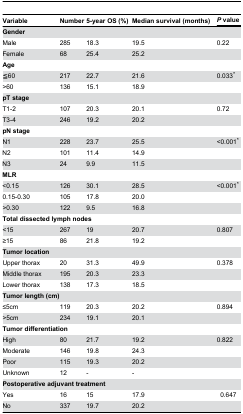
<table><thead><tr><td><b>Variable</b></td><td><b>Number</b></td><td><b>5-year OS (%)</b></td><td><b>Median survival (months)</b></td><td colspan="2"><b><i>P</i> value</b></td></tr></thead><tbody><tr><td><b>Gender</b></td><td></td><td></td><td></td><td colspan="2"></td></tr><tr><td>Male</td><td>285</td><td>18.3</td><td>19.5</td><td colspan="2">0.22</td></tr><tr><td>Female</td><td>68</td><td>25.4</td><td>25.2</td><td colspan="2"></td></tr><tr><td><b>Age</b></td><td></td><td></td><td></td><td colspan="2"></td></tr><tr><td>≦60</td><td>217</td><td>22.7</td><td>21.6</td><td colspan="2">0.033*</td></tr><tr><td>&gt;60</td><td>136</td><td>15.1</td><td>18.9</td><td colspan="2"></td></tr><tr><td><b>pT stage</b></td><td></td><td></td><td></td><td colspan="2"></td></tr><tr><td>T1-2</td><td>107</td><td>20.3</td><td>20.1</td><td colspan="2">0.72</td></tr><tr><td>T3-4</td><td>246</td><td>19.2</td><td>20.2</td><td colspan="2"></td></tr><tr><td><b>pN stage</b></td><td></td><td></td><td></td><td colspan="2"></td></tr><tr><td>N1</td><td>228</td><td>23.7</td><td>25.5</td><td colspan="2">&lt;0.001*</td></tr><tr><td>N2</td><td>101</td><td>11.4</td><td>14.9</td><td colspan="2"></td></tr><tr><td>N3</td><td>24</td><td>9.9</td><td>11.5</td><td colspan="2"></td></tr><tr><td><b>MLR</b></td><td></td><td></td><td></td><td colspan="2"></td></tr><tr><td>&lt;0.15</td><td>126</td><td>30.1</td><td>28.5</td><td colspan="2">&lt;0.001*</td></tr><tr><td>0.15-0.30</td><td>105</td><td>17.8</td><td>20.0</td><td colspan="2"></td></tr><tr><td>&gt;0.30</td><td>122</td><td>9.5</td><td>16.8</td><td colspan="2"></td></tr><tr><td colspan="4"><b>Total dissected lymph nodes</b></td><td colspan="2"></td></tr><tr><td>&lt;15</td><td>267</td><td>19</td><td>20.7</td><td colspan="2">0.807</td></tr><tr><td>≥15</td><td>86</td><td>21.8</td><td>19.2</td><td colspan="2"></td></tr><tr><td><b>Tumor location</b></td><td></td><td></td><td></td><td colspan="2"></td></tr><tr><td>Upper thorax</td><td>20</td><td>31.3</td><td>49.9</td><td colspan="2">0.378</td></tr><tr><td>Middle thorax</td><td>195</td><td>20.3</td><td>23.3</td><td colspan="2"></td></tr><tr><td>Lower thorax</td><td>138</td><td>17.3</td><td>18.5</td><td colspan="2"></td></tr><tr><td colspan="3"><b>Tumor length (cm)</b></td><td></td><td colspan="2"></td></tr><tr><td> ≤5cm</td><td>119</td><td>20.3</td><td>20.2</td><td colspan="2">0.894</td></tr><tr><td> &gt;5cm</td><td>234</td><td>19.1</td><td>20.1</td><td colspan="2"></td></tr><tr><td colspan="2"><b>Tumor differentiation</b></td><td></td><td></td><td colspan="2"></td></tr><tr><td>High</td><td>80</td><td>21.7</td><td>19.2</td><td colspan="2">0.822</td></tr><tr><td>Moderate</td><td>146</td><td>19.8</td><td>24.3</td><td colspan="2"></td></tr><tr><td>Poor</td><td>115</td><td>19.3</td><td>20.2</td><td colspan="2"></td></tr><tr><td>Unknown</td><td>12</td><td>-</td><td>-</td><td colspan="2"></td></tr><tr><td colspan="6"><b>Postoperative adjuvant treatment</b></td></tr><tr><td>Yes</td><td>16</td><td>15</td><td colspan="2">17.9</td><td>0.647</td></tr><tr><td>No</td><td>337</td><td>19.7</td><td colspan="2">20.2</td><td></td></tr></tbody></table>